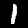
Label: 1